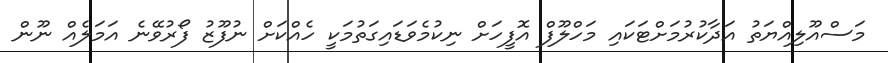
މަސްއޫލިއްޔަތު އަދާކުރުމަށްޓަކައި މަހްލޫފް އޮފީހަށް ނިކުމެވަޑައިގަތުމަކީ ހެއްކަށް ނުފޫޒު ފޯރުވޭނެ އަމަލެއް ނޫން